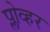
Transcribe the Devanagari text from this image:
प्लोव्हर